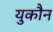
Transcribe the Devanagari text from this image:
युकौन